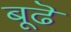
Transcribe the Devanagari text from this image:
बूढॆ